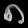
Digit: ၈